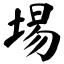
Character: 埸